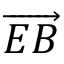
\overrightarrow { E B }